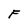
Character: F